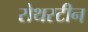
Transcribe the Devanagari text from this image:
रोथस्टीन